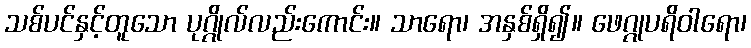
သစ်ပင်နှင့်တူသော ပုဂ္ဂိုလ်လည်းကောင်း။ သာရော၊ အနှစ်ရှိ၍။ ဖေဂ္ဂုပရိဝါရော၊